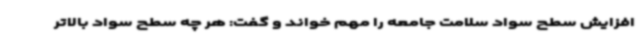
افزایش سطح سواد سلامت جامعه را مهم خواند و گفت: هر چه سطح سواد بالاتر